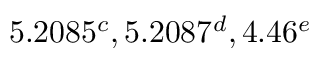
5 . 2 0 8 5 ^ { c } , 5 . 2 0 8 7 ^ { d } , 4 . 4 6 ^ { e }